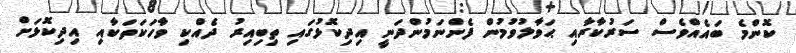
ކޮންމެ ބައެއްވެސް ސަރުކާރާއި ޙަވާލުވުމުން ފެންނަމުންދަނީ އިދިކޮޅުގައި ތިބިއިރު ދެއްކި ވާހަކަތަކާއި އިދިކޮޅަށް